Annual report of the Madras Medical College
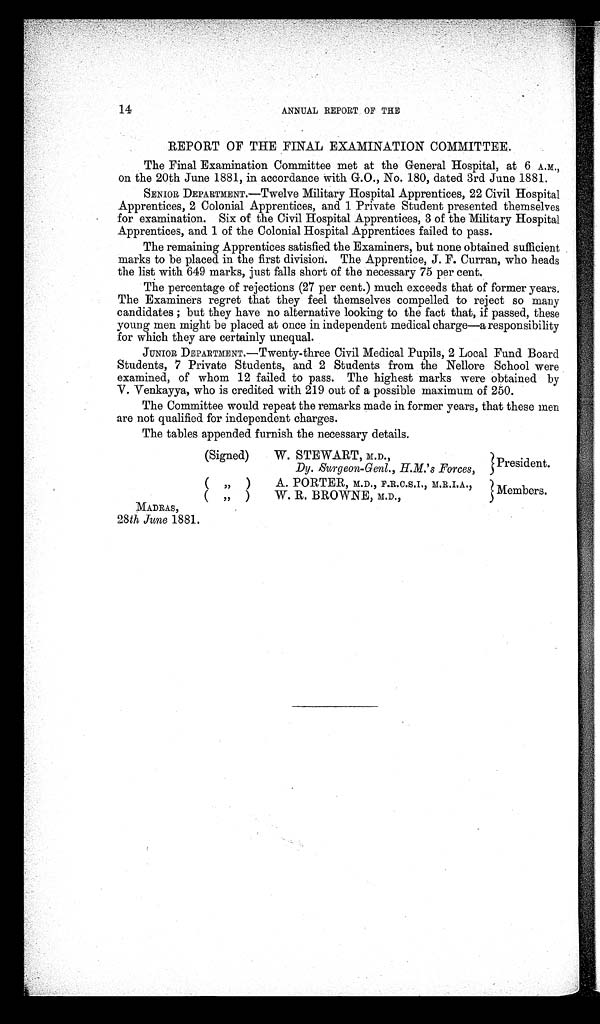
14
ANNUAL REPORT OF THE
REPORT OF THE FINAL EXAMINATION COMMITTEE.
The Final Examination Committee met at the General Hospital, at 6 A.M.,
on the 20th June 1881, in accordance with G.O., No. 180, dated 3rd June 1881.
SENIOR DEPARTMENT.—Twelve Military Hospital Apprentices, 22 Civil Hospital
Apprentices, 2 Colonial Apprentices, and 1 Private Student presented themselves
for examination. Six of the Civil Hospital Apprentices, 3 of the Military Hospital
Apprentices, and 1 of the Colonial Hospital Apprentices failed to pass.
The remaining Apprentices satisfied the Examiners, but none obtained sufficient
marks to be placed in the first division. The Apprentice, J. F. Curran, who heads
the list with 649 marks, just falls short of the necessary 75 per cent.
The percentage of rejections (27 per cent.) much exceeds that of former years.
The Examiners regret that they feel themselves compelled to reject so many
candidates; but they have no alternative looking to the fact that, if passed, these
young men might be placed at once in independent medical charge—a responsibility
for which they are certainly unequal.
JUNIOR DEPARTMENT.—Twenty-three Civil Medical Pupils, 2 Local Fund Board
Students, 7 Private Students, and 2 Students from the Nellore School were
examined, of whom 12 failed to pass. The highest marks were obtained by
V. Venkayya, who is credited with 219 out of a possible maximum of 250.
The Committee would repeat the remarks made in former years, that these men
are not qualified for independent charges.
The tables appended furnish the necessary details.
(Signed)
W. STEWART, M.D.,
President.
Dy. Surgeon-Genl., H.M.'s Forces,
( „ )
A. PORTER, M.D., F.R.C.S.I., M.R.I.A.,
Members.
(
,,
)
W. R. BROWNE, M.D.,
MADRAS,
28 th June 1881.